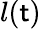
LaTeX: l(\mathsf{t})